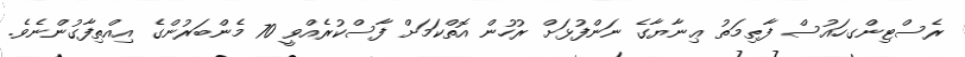
ރެސްޓިންގހައުސް ފާޠިމަތު ޢިނާޔާގެ ނަންފުޅަށް ރުހުން އޮތްކަމަށް ފާސްކުރެއްވީ 70 މެންބަރުންގެ އިއްތިފާގުންނެވެ.